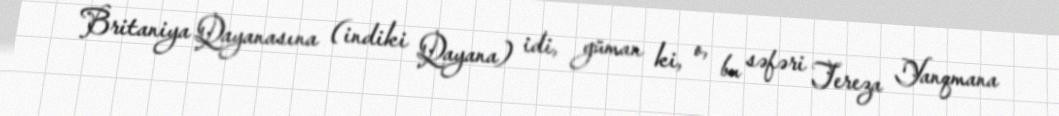
Britaniya Qayanasına (indiki Qayana) idi, güman ki, o, bu səfəri Tereza Yanqmana